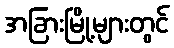
အခြားမြို့များတွင်